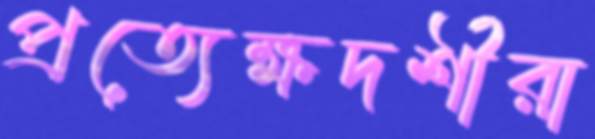
প্রত্যেক্ষদর্শীরা